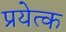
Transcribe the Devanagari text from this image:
प्रयेत्क